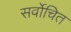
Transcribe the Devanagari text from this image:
सर्वोचित